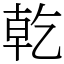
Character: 乾